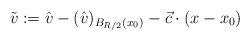
\begin{align*}\tilde v:=\hat v-(\hat v)_{B_{R/2}(x_0)}-\vec c \cdot (x-x_0)\end{align*}